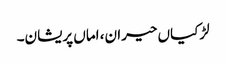
لڑکیاں حیران، اماں پریشان۔